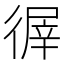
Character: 𢕌